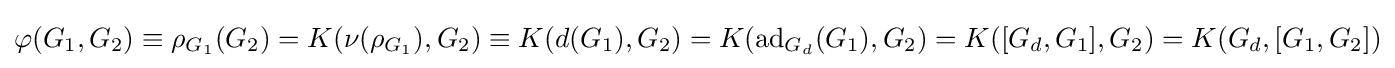
\varphi (G_{1},G_{2})\equiv \rho _{G_{1}}(G_{2})=K(\nu (\rho _{G_{1}}),G_{2})\equiv K(d(G_{1}),G_{2})=K(\mathrm {ad} _{G_{d}}(G_{1}),G_{2})=K([G_{d},G_{1}],G_{2})=K(G_{d},[G_{1},G_{2}])